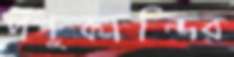
পশুকান্দির